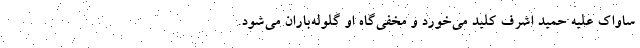
ساواک علیه حمید اشرف کلید می‌خورد و مخفی‌گاه او گلوله‌باران می‌شود.